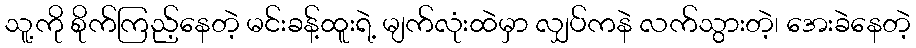
သူ့ကို စိုက်ကြည့်နေတဲ့ မင်းခန့်ထူးရဲ့ မျက်လုံးထဲမှာ လျှပ်ကနဲ လက်သွားတဲ့၊ အေးခဲနေတဲ့